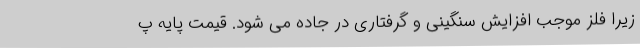
زیرا فلز موجب افزایش سنگینی و گرفتاری در جاده می شود. قیمت پایه پ